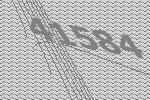
41584